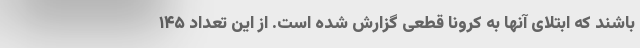
باشند که ابتلای آنها به کرونا قطعی گزارش شده است. از این تعداد ۱۴۵